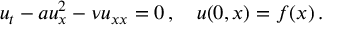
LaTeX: u _ { t } - a u _ { x } ^ { 2 } - { \nu } { u } _ { x x } = 0 \, , \quad u ( 0 , x ) = f ( x ) \, .